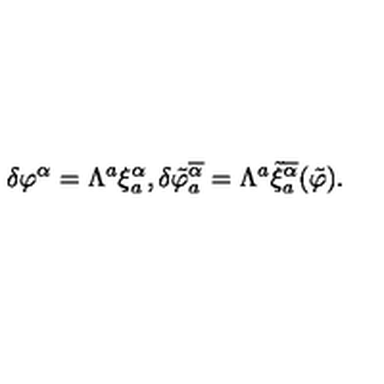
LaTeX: \delta \varphi ^ { \alpha } = \Lambda ^ { a } \xi _ { a } ^ { \alpha } , \delta \tilde { \varphi } _ { a } ^ { \overline { { \alpha } } } = \Lambda ^ { a } \tilde { \xi } _ { a } ^ { \overline { { \alpha } } } ( \tilde { \varphi } ) .